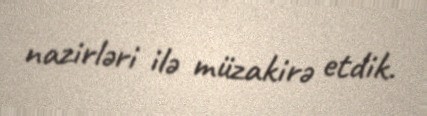
nazirləri ilə müzakirə etdik.